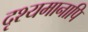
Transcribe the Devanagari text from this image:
दृश्यमानापि